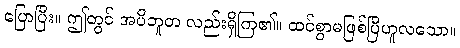
ပြောပြီး။ ဤတွင် အပိဘူတ လည်းရှိကြ၏။ ထင်စွာမဖြစ်ပြီဟူလသော။